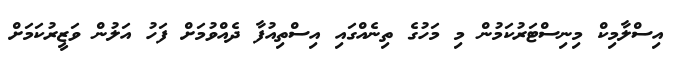
އިސްލާމިކް މިނިސްޓަރުކަމުން މި މަހުގެ ތިނެއްގައި އިސްތިއުފާ ދެއްވުމަށް ފަހު އަލުން ވަޒީރުކަމަށް